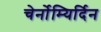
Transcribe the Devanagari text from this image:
चेर्नोम्यिर्दिन